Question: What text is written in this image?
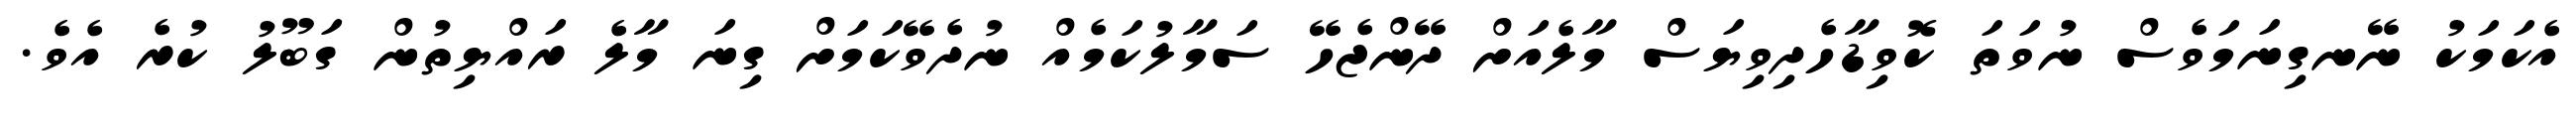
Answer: އެކަމަކު ނޭނގިނަމަވެސް ނުވަތަ ކޮވިޑާހެދިވިޔަސް މާލެއަށް ދޭންޖެހޭ ސަމާލުކަމެއް ނުދެވޭކަމަށް ގިނަ މާލެ ރައްޔިތުން ގަބޫލު ކުރެ އެވެ.